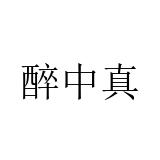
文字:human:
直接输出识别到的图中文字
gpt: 醉中真